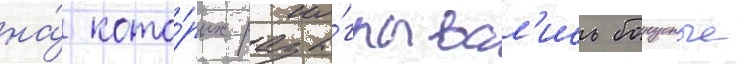
на́ кото́рых разы́грывал'ись бонусные